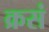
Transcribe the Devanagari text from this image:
क्रसं